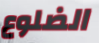
الضلوع